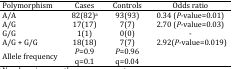
<table><thead><tr><td><b>Polymorphism</b></td><td><b>Cases</b></td><td><b>Controls</b></td><td><b>Odds ratio</b></td></tr></thead><tbody><tr><td>A/A</td><td>82(82)a</td><td>93(93)</td><td>0.34 (<i>P-</i>value=0.01)</td></tr><tr><td>A/G</td><td>17(17)</td><td>7(7)</td><td>2.70 (<i>P-</i>value=0.03)</td></tr><tr><td>G/G</td><td>1(1)</td><td>0(0)</td><td>-</td></tr><tr><td>A/G + G/G</td><td>18(18)</td><td>7(7)</td><td>2.92(<i>P-</i>value=0.019)</td></tr><tr><td rowspan="2">Allele frequency</td><td><i>P</i>=0.9</td><td><i>P</i>=0.96</td><td rowspan="2"></td></tr><tr><td>q=0.1</td><td>q=0.04</td></tr></tbody></table>